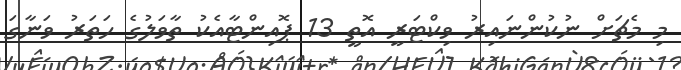
މި މެޗަށް ނުކުންނައިރު ވިކްޓަރީ އޮތީ 13 ޕޮއިންޓާއެކު ތާވަލުގެ ހަތަރު ވަނާގަ